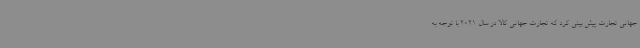
جهانی تجارت پیش بینی کرد که تجارت جهانی کالا در سال 2021 با توجه به